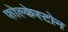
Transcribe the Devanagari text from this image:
फोल्केस्टोन